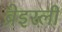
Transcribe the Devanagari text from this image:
ब्रेइरली